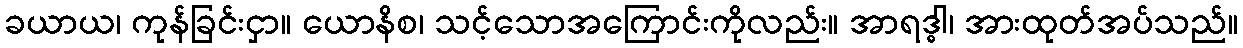
ခယာယ၊ ကုန်ခြင်းငှာ။ ယောနိစ၊ သင့်သောအကြောင်းကိုလည်း။ အာရဒ္ဓါ၊ အားထုတ်အပ်သည်။